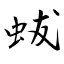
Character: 蛂